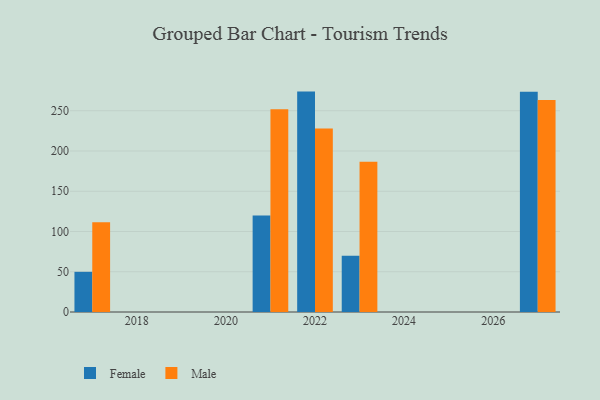
{"axis": {"x": "Year", "y": "Inventory Turnover"}, "legend": ["Female", "Male"], "data": [{"x": "2022", "y": 273.8, "type": "Female"}, {"x": "2022", "y": 228.0, "type": "Male"}, {"x": "2023", "y": 69.9, "type": "Female"}, {"x": "2023", "y": 186.7, "type": "Male"}, {"x": "2021", "y": 119.9, "type": "Female"}, {"x": "2021", "y": 251.8, "type": "Male"}, {"x": "2017", "y": 49.9, "type": "Female"}, {"x": "2017", "y": 111.6, "type": "Male"}, {"x": "2027", "y": 273.7, "type": "Female"}, {"x": "2027", "y": 263.3, "type": "Male"}]}